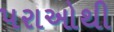
પરાઓથી